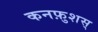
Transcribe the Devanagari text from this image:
कनफ़ुशस्